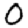
Digit: 0